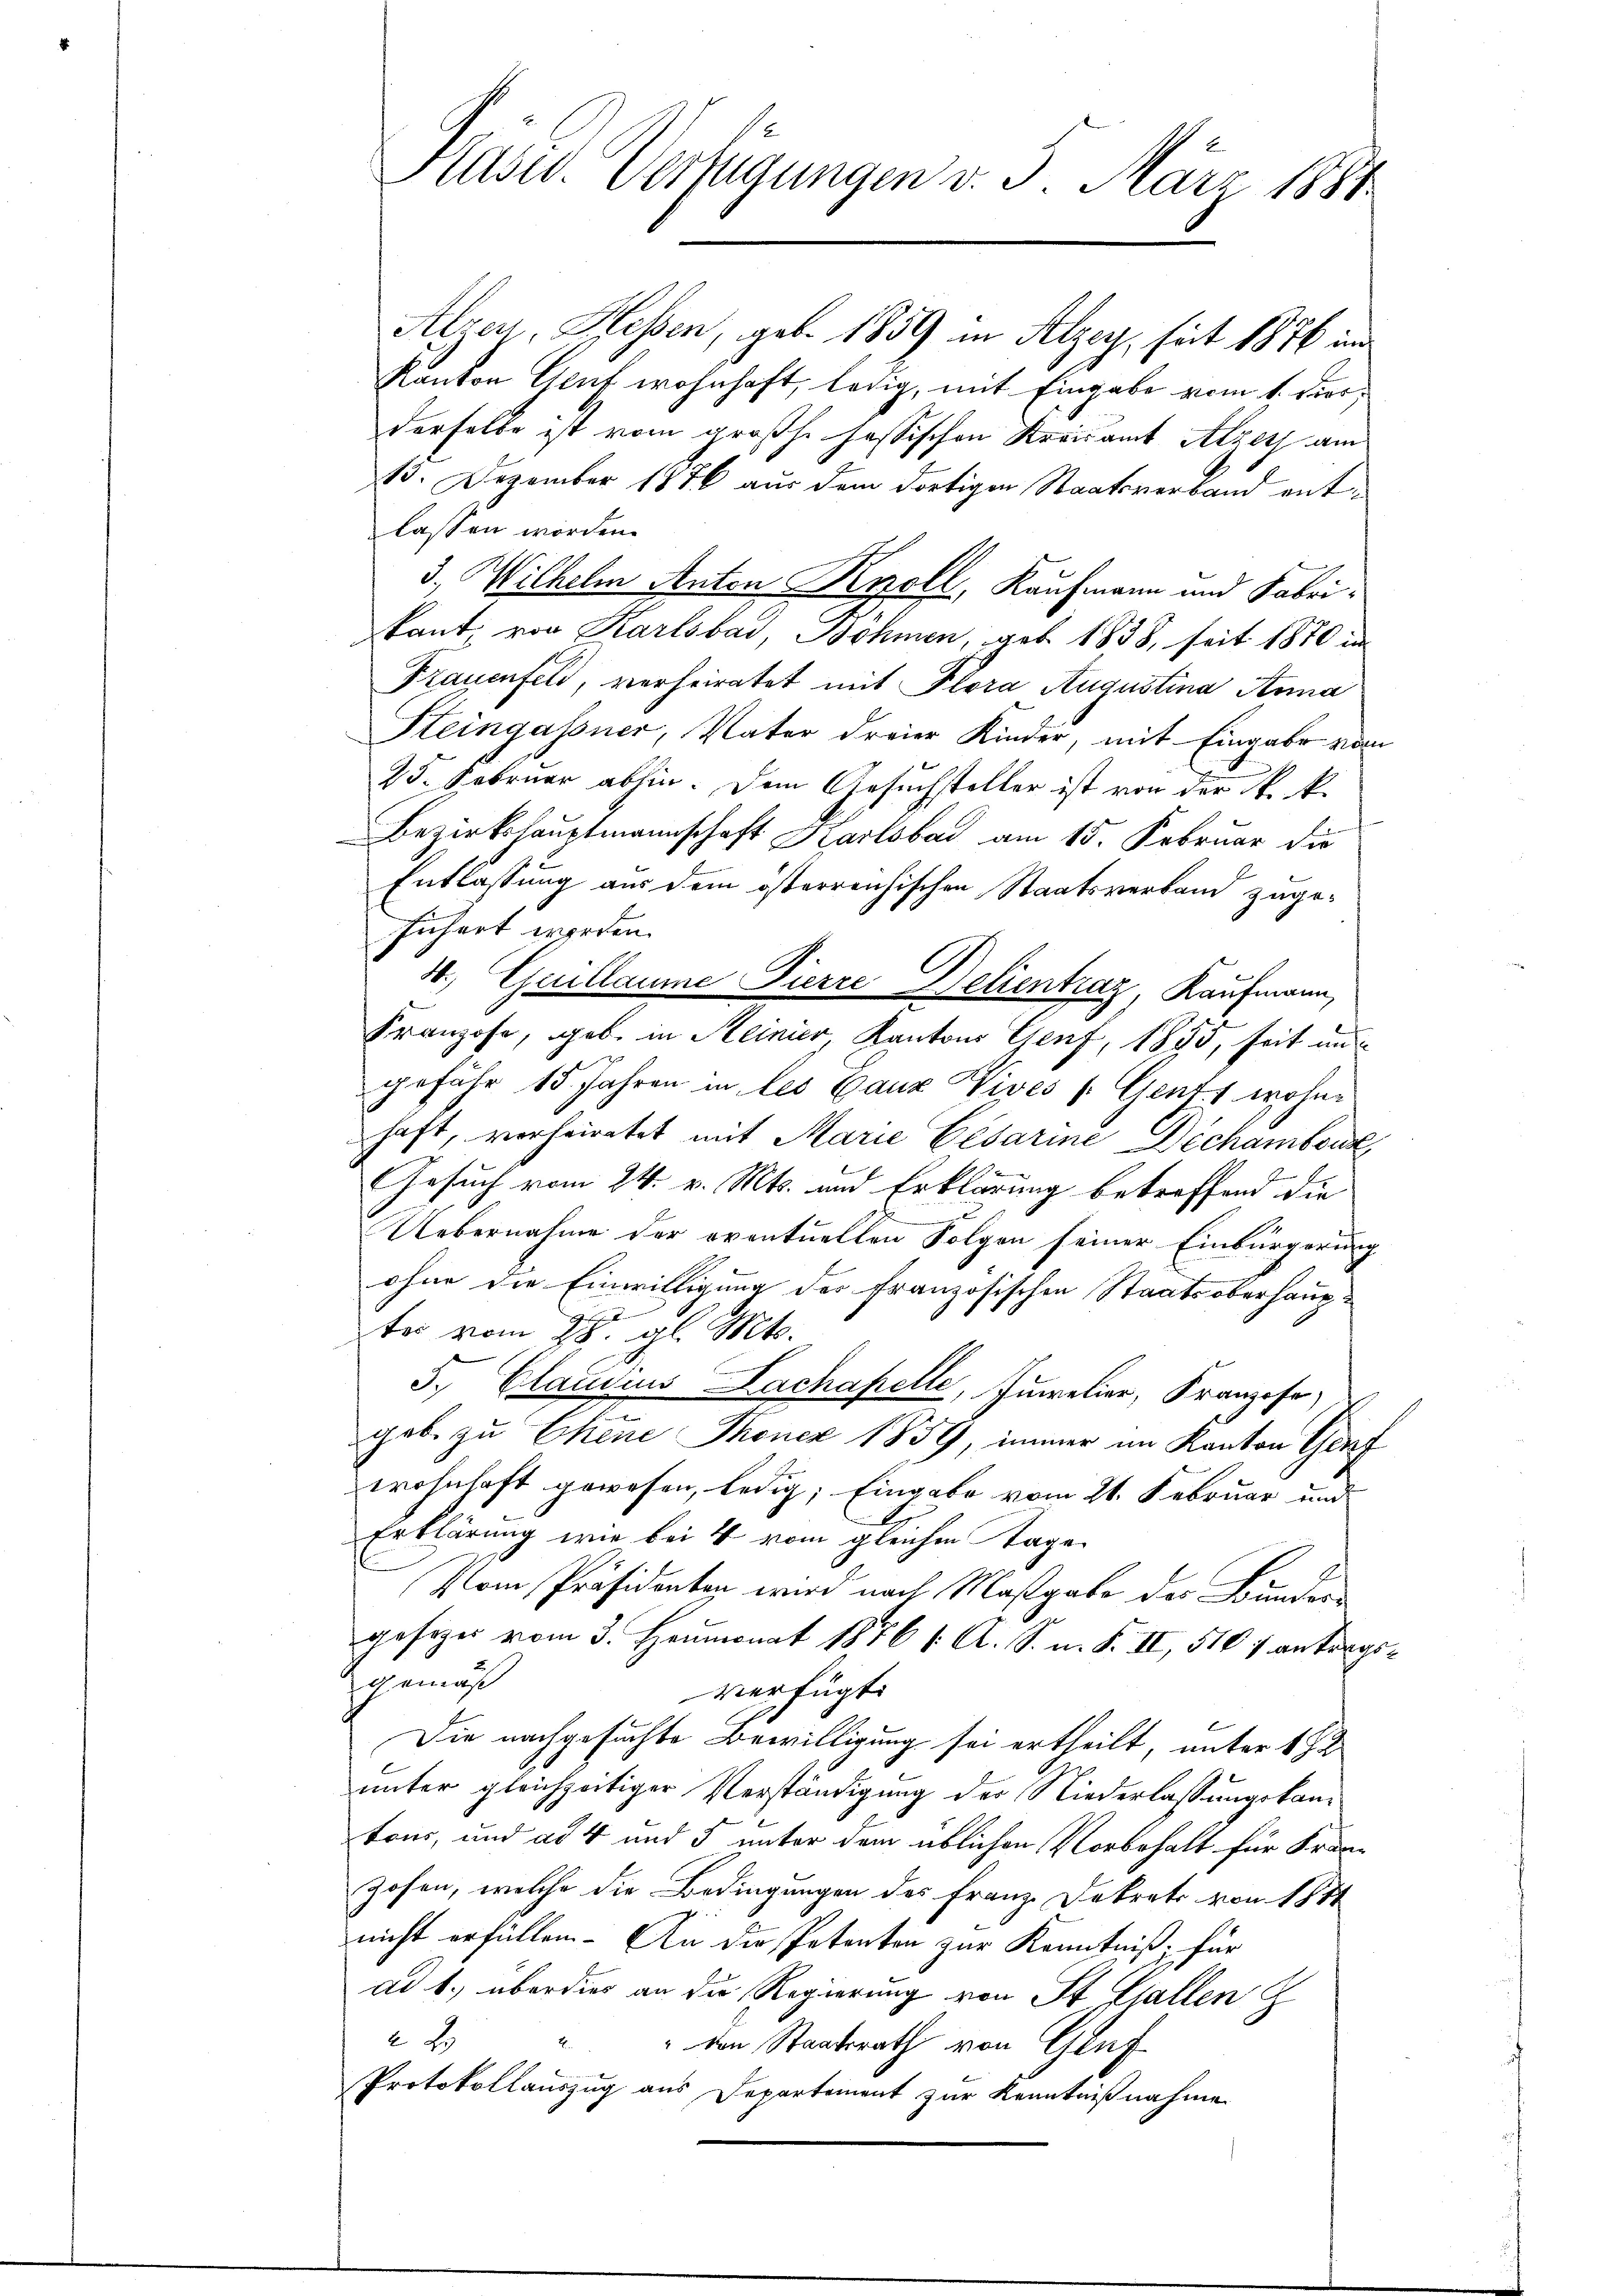
Alzer, Klassen, geb. 1859 in Alzey, seit 1876 und
Kanton Genf wohnhaft, ledig, mit Eingabe vom 1. Dier;
derselbe ist vom großhe Jassischen Kreisamt Atzer am
13. Dezember 1876 aus dem dortigen Staatsverband entlassen worden.
3., Wilhelm Anton Knoll, Kaufmann und Fabrikant, von Karlsbad, Böhmen, geb. 1838, seit 1870 in
Frauenfeld, verheiratet mit Flora Augustina Anna
Steingassner, Vater dreier Kinder, mit Eingabe vom
25. Februar abhin. Dem Gesuchsteller ist von der k. k.
Bezirkshauptmannschaft Karlsbad am 15. Februar die
Entlassung aus dem österreichischen Staatsverband zugefichert werden.
50. Guillaume Pierre Belientrag Kaufmann,
Franzose, geb. in Reinier, Kantons Genf, 1855, seit un
gefähr 15 Jahren in les Ganz Vives (Gent, wohne
haft, verheiratet mit Marie Cesarine Dechambou
Gesuch vom 24. v. Mts. und Erklärung betreffend die
.
Uebernahme der eventuellen Folgen seiner Einbürgerung
ohne die Einwilligung der Französischen Staatsoberhauptor vom 28. gl. Mts.
5. Claudius Zachapelle, Juwelier, Franzose,
geb. zu Chene Thonez 1859, immer im Kanton Graf
wohnhaft gewesen, ledig; Eingabe vom 21. Februar und
Erklärung wie bei 4 vom gleichen Tage
Pom Präsidenten wird nach Maßgabe der Bunder
gesezes vom 3. Heumonat 1876 1. A. S. n. F. II, 510 f antrags-
gemäß
verfügt:
Die nachgesuchte Bewilligung sei ertheilt, unter 182
unter gleichzeitiger Verständigung der Niederlassungskamtons, und ad 4 und 5 unter dem üblichen Vorbehalt für Franz
zosen, welche die Bedingungen des Franz Dekrets von 1871
nicht erfüllen. An die Petenten zur Kenntniß, für
ad b.) überdies an die Regierung von St. Gallen G
" 2 " " den Staatsrath von Gluf
Protokollauszug aus Departement zur Kenntnißnahme

Kasw. Verfügungen v. 3. März 1881